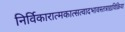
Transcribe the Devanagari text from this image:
निर्विकारात्मकात्सत्वादभावस्तत्राद्यविक्रिया